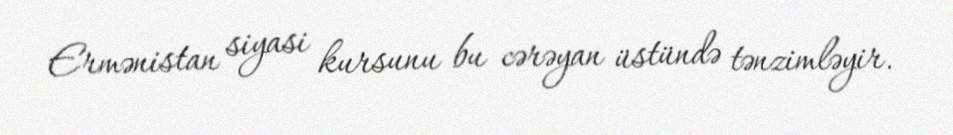
Ermənistan siyasi kursunu bu cərəyan üstündə tənzimləyir.